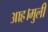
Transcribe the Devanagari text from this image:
आह।मुली